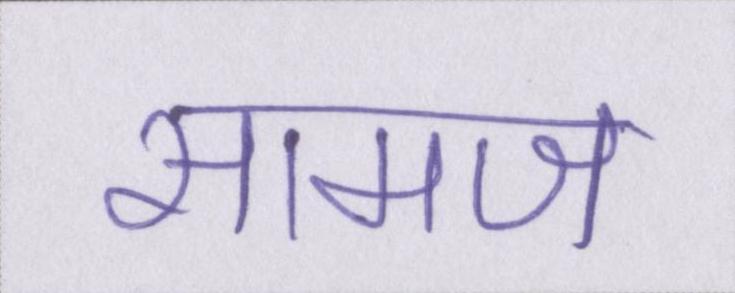
सामज